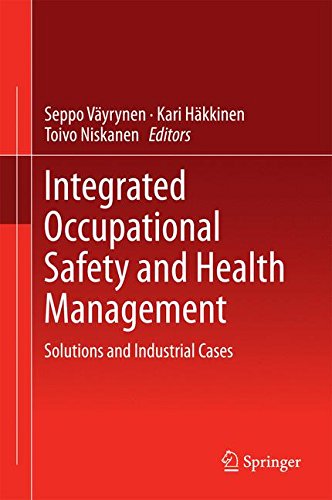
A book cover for Integrated Occupational Safety and Health Management: Solutions and Industrial Cases; Business & Money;